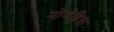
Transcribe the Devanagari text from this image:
नोमेडिया